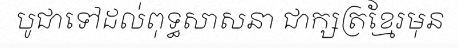
បូជាទៅដល់ពុទ្ធសាសនា ជាក្សត្រខ្មែរមុន